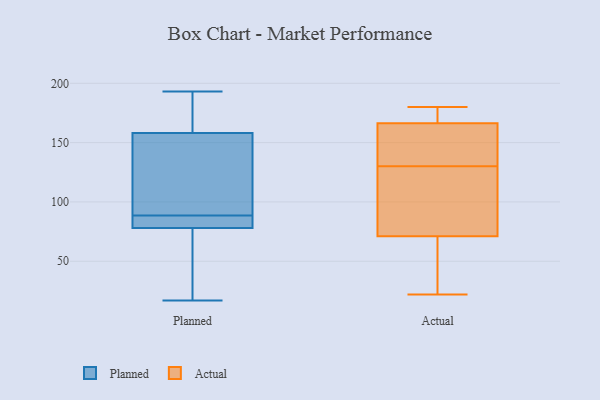
{"axis": {"x": "Market Share (%)", "y": "Value"}, "legend": ["Actual", "Planned"], "data": [{"x": "", "y": 158, "type": "Planned"}, {"x": "", "y": 102, "type": "Planned"}, {"x": "", "y": 169, "type": "Planned"}, {"x": "", "y": 78, "type": "Planned"}, {"x": "", "y": 53, "type": "Planned"}, {"x": "", "y": 83, "type": "Planned"}, {"x": "", "y": 42, "type": "Planned"}, {"x": "", "y": 92, "type": "Planned"}, {"x": "", "y": 173, "type": "Planned"}, {"x": "", "y": 186, "type": "Planned"}, {"x": "", "y": 85, "type": "Planned"}, {"x": "", "y": 17, "type": "Planned"}, {"x": "", "y": 65, "type": "Planned"}, {"x": "", "y": 144, "type": "Planned"}, {"x": "", "y": 193, "type": "Planned"}, {"x": "", "y": 81, "type": "Planned"}, {"x": "", "y": 78, "type": "Planned"}, {"x": "", "y": 150, "type": "Planned"}, {"x": "", "y": 122, "type": "Actual"}, {"x": "", "y": 175, "type": "Actual"}, {"x": "", "y": 43, "type": "Actual"}, {"x": "", "y": 180, "type": "Actual"}, {"x": "", "y": 22, "type": "Actual"}, {"x": "", "y": 168, "type": "Actual"}, {"x": "", "y": 130, "type": "Actual"}, {"x": "", "y": 61, "type": "Actual"}, {"x": "", "y": 101, "type": "Actual"}, {"x": "", "y": 130, "type": "Actual"}, {"x": "", "y": 161, "type": "Actual"}]}